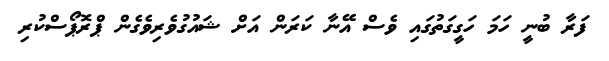
ފަރާ ބުނީ ހަމަ ހަގީގަތުގައި ވެސް އޭނާ ކަރަން އަށް ޝައުގުވެރިވެގެން ޕްރޮޕޯސްކުރި